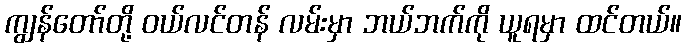
ကျွန်တော်တို့ ဝယ်လင်တန် လမ်းမှာ ဘယ်ဘက်ကို ယူရမှာ ထင်တယ်။